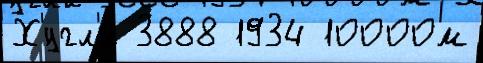
Х'́угл'и 3888 1934 10000м